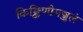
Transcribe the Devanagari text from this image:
किङ्किणीमञ्जुलं